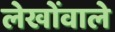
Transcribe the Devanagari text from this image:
लेखोंवाले